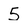
Character: 5